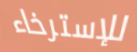
للإسترخاء